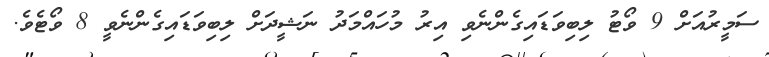
ސަމީރުއަށް 9 ވޯޓު ލިބިވަޑައިގެންނެވި އިރު މުހައްމަދު ނަޝީދަށް ލިބިވަޑައިގެންނެވީ 8 ވޯޓެވެ.